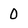
Character: 0